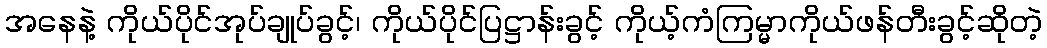
အနေနဲ့ ကိုယ်ပိုင်အုပ်ချုပ်ခွင့်၊ ကိုယ်ပိုင်ပြဋ္ဌာန်းခွင့် ကိုယ့်ကံကြမ္မာကိုယ်ဖန်တီးခွင့်ဆိုတဲ့